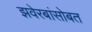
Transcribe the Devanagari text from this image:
झवेरबांसोबत